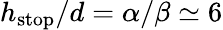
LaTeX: h_{\mathrm{{stop}}}/d=\alpha/\beta\simeq 6